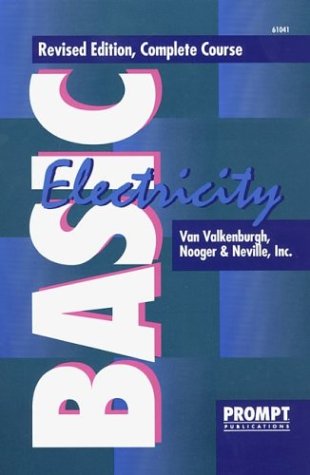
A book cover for Basic Electricity: Complete Course, Volumes 1-5 in 1; Van Valkenburgh; Engineering & Transportation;